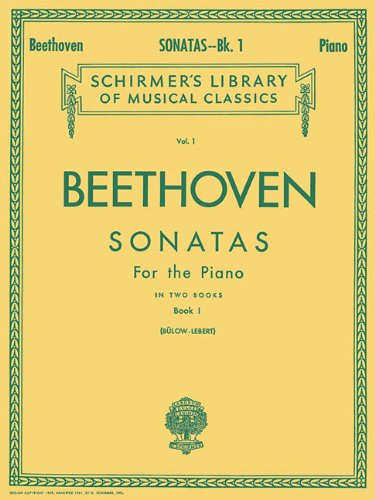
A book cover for Sonatas - Book 1: Piano Solo (Schirmer's Library of Musical Classics); Ludwig van Beethoven; Humor & Entertainment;